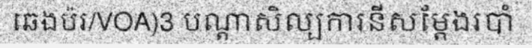
ឆេងប៉រ/VOA)3 បណ្តាសិល្បការនីសម្តែងរបាំ